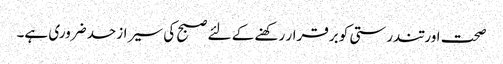
صحت اور تندرستی کو برقرار رکھنے کے لئے صبح کی سیر ازحد ضروری ہے۔